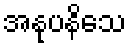
အနုပနိသေ